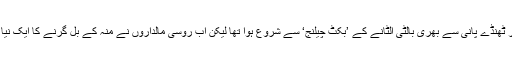
پہلے یہ رحجان خود پر ٹھنڈے پانی سے بھری بالٹی الٹانے کے ’بکٹ چیلنج‘ سے شروع ہوا تھا لیکن اب روسی مالداروں نے منہ کے بل گرنے کا ایک نیا چیلنج تخلیق کرلیا ہے۔